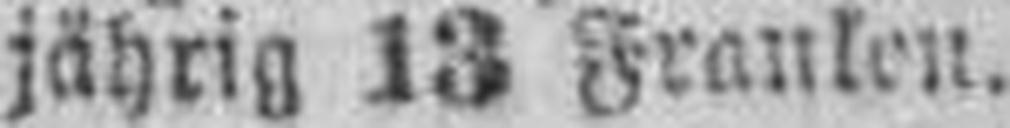
jährig 13 Franken.